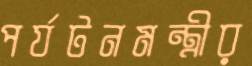
পর্যটনমন্ত্রীর